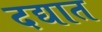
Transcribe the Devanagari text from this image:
दद्यात